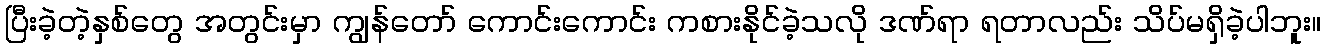
ပြီးခဲ့တဲ့နှစ်တွေ အတွင်းမှာ ကျွန်တော် ကောင်းကောင်း ကစားနိုင်ခဲ့သလို ဒဏ်ရာ ရတာလည်း သိပ်မရှိခဲ့ပါဘူး။